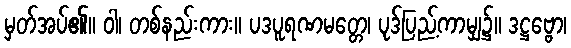
မှတ်အပ်၏။ ဝါ၊ တစ်နည်းကား။ ပဒပူရဏမတ္တေ၊ ပုဒ်ပြည့်ကာမျှ၌။ ဒဋ္ဌဗ္ဗော၊